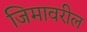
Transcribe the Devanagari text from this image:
जिमावरील